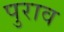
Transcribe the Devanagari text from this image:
पुराव